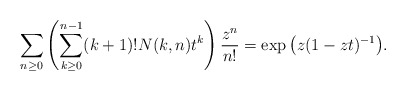
\begin{gather*}\sum_{n \ge 0}\left( \sum_{k \ge 0}^{n-1} (k+1)!N(k,n) t^{k} \right) {z^n \over n!}=\exp\big(z(1-zt)^{-1}\big).\end{gather*}